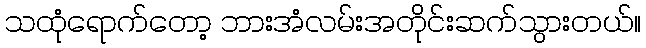
သထုံရောက်တော့ ဘားအံလမ်းအတိုင်းဆက်သွားတယ်။